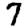
Digit: 7